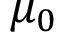
\mu _ { 0 }